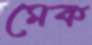
মেক